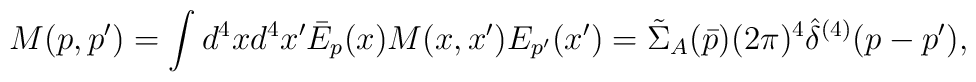
M(p,p') = \int d^4x d^4x' \bar{E}_p(x) M(x,x') E_{p'}(x')= \tilde{\Sigma}_A(\bar{p}) (2 \pi)^4 \hat{\delta}^{(4)}(p-p'),